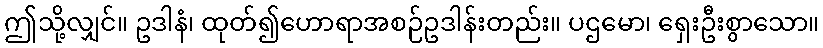
ဤသို့လျှင်။ ဥဒါနံ၊ ထုတ်၍ဟောရာအစဉ်ဥဒါန်းတည်း။ ပဌမော၊ ရှေးဦးစွာသော။